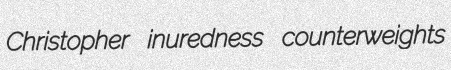
Christopher inuredness counterweights